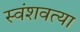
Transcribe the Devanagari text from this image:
स्वंशवत्या